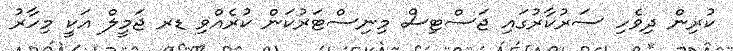
ކުރިން ދިވެހި ސަރުކާރުގައި ޖަސްޓިސް މިނިސްޓަރުކަން ކުރެއްވި ޑރ ޖަމީލް އަކީ މިހާރު